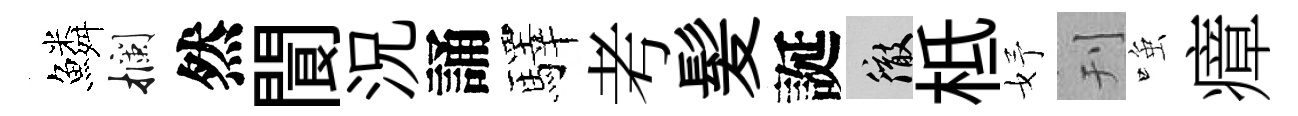
鱗攔然閬況誦驛考髪誕徹柢妤刊𫪻瘴